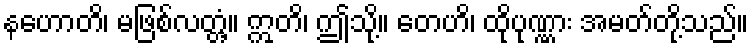
နဟောတိ၊ မဖြစ်လတ္တံ့။ ဣတိ၊ ဤသို့။ တေဟိ၊ ထိုပုဏ္ဏား အမတ်တို့သည်။